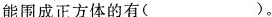
能围成正方体的有()。